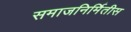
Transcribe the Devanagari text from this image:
समाजनिर्मितीस